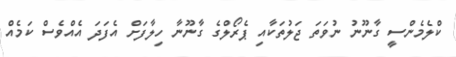
ކްލެމެންސީ ގާނޫނު ނުވަތަ ޖަލުތަކާއި ޕެރޯލްގެ ގާނޫނާ ހިލާފަށް އެފަދަ އެއްވެސް ކަމެއް